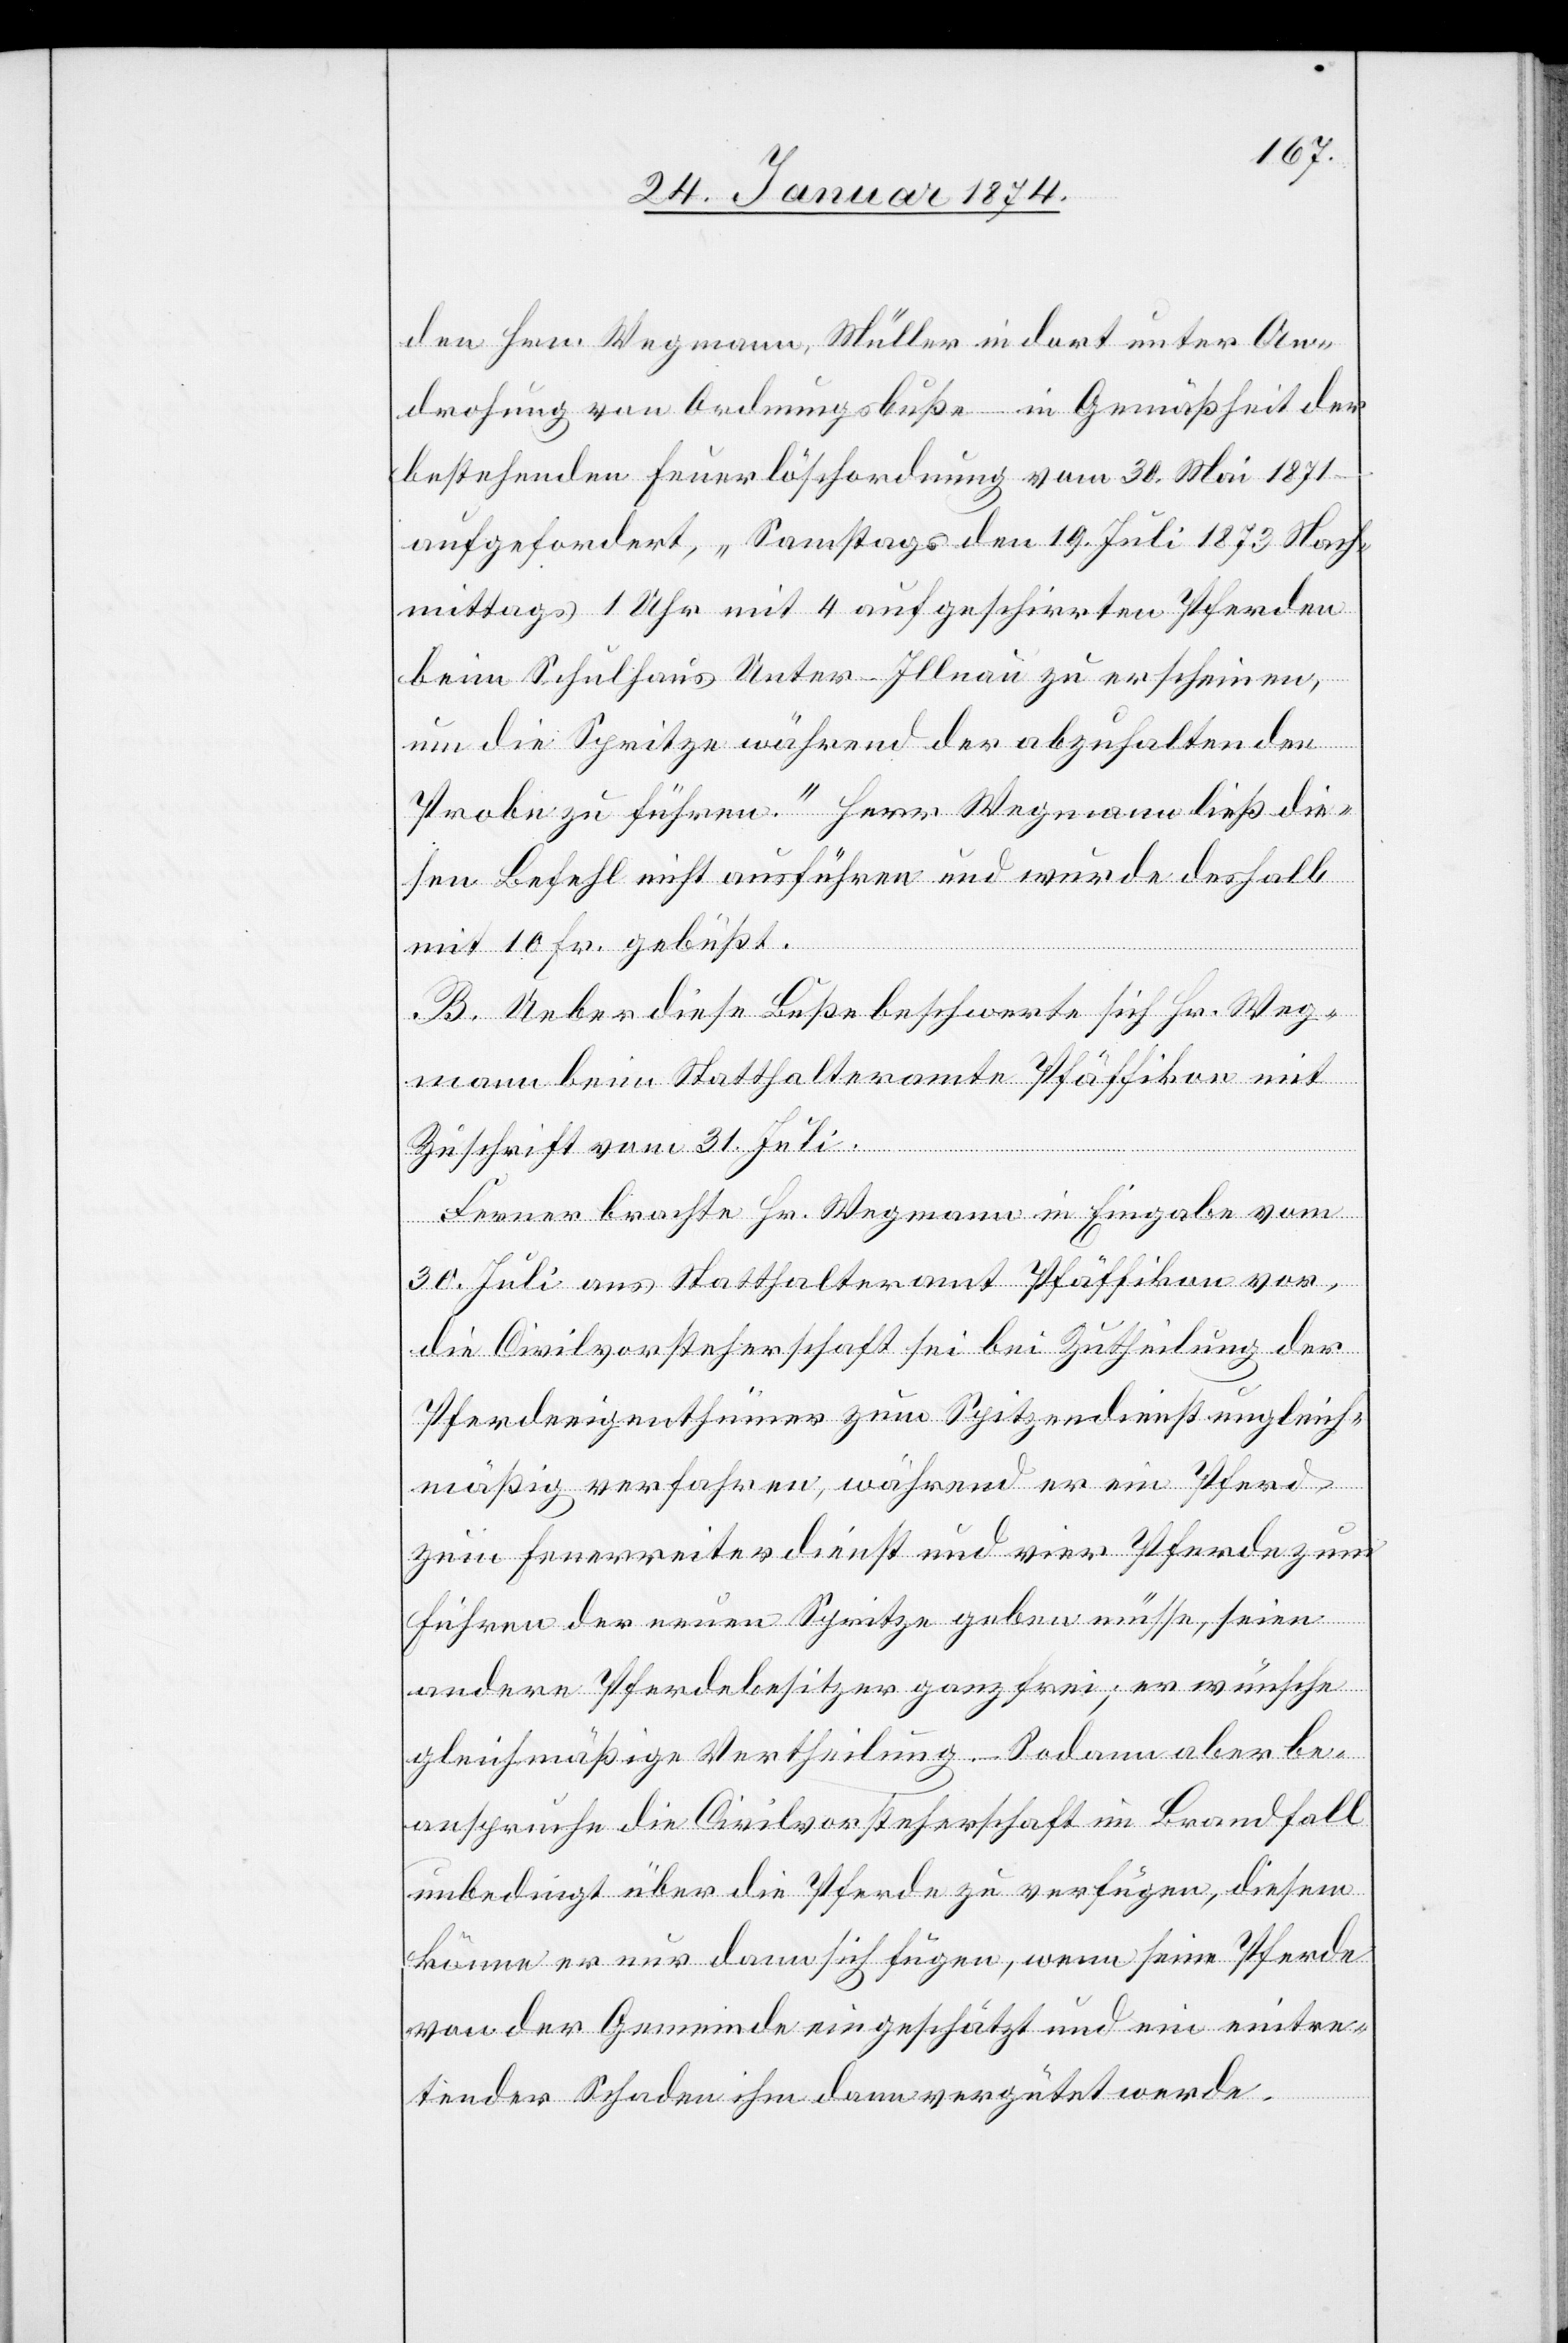
den Hrn. Wegmann, Müller in dort unter An¬
drohung von Ordnungsbuße in Gemäßheit der
bestehenden Feuerlöschordnung vom 30. Mai 1871 –
aufgefordert, „Samstags den 19. Juli 1873 Nach¬
mittags 1 Uhr mit 4 aufgeschirrten Pferden
beim Schulhaus Unter-Illnau zu erscheinen,
um die Spritze während der abzuhaltenden
Probe zu führen.“ Herr Wegmann ließ die¬
sen Befehl nicht ausführen und wurde deshalb
mit 10 Fr. gebüßt.
B. Ueber diese Buße beschwerte sich Hr. Weg¬
mann beim Statthalteramte Pfäffikon mit
Zuschrift vom 31. Juli.
Ferner brachte Hr. Wegmann in Eingabe vom
30. Juli ans Statthalteramt Pfäffikon vor,
die Civilvorsteherschaft sei bei Zutheilung der
Pferdeeigenthümer zum Sp[r]itzendienst ungleich¬
mäßig verfahren, während er ein Pferd
zum Feuerreiterdienst und vier Pferde zum
Führen der neuen Spritze geben müsse, seien
andere Pferdebesitzer ganz frei, er wünsche
gleichmäßige Vertheilung. Sodann aber be¬
anspruchte die Civilvorsteherschaft im Brandfall
unbedingt über die Pferde zu verfügen, diesem
könne er nur dann sich fügen, wenn seine Pferde
von der Gemeinde eingeschätzt und ein eintre¬
tender Schaden ihm dann vergütet werde.